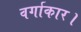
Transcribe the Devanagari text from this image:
वर्गाकार।